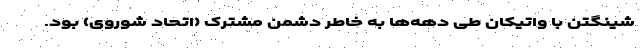
شینگتن با واتیکان طی دهه‌ها به خاطر دشمن مشترک (اتحاد شوروی) بود.